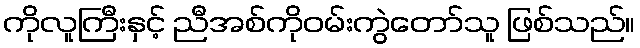
ကိုလူကြီးနှင့် ညီအစ်ကိုဝမ်းကွဲတော်သူ ဖြစ်သည်။